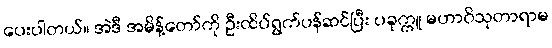
ပေးပါတယ်။ အဲဒီ အမိန့်တော်ကို ဦးထိပ်ရွက်ပန်ဆင်ပြီး ပခုက္ကူ မဟာဝိသုတာရာမ